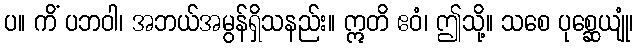
ပ။ ကိံ ပဘဝါ၊ အဘယ်အမွန်ရှိသနည်း။ ဣတိ ဧဝံ၊ ဤသို့။ သစေ ပုစ္ဆေယျုံ၊